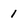
Character: 1